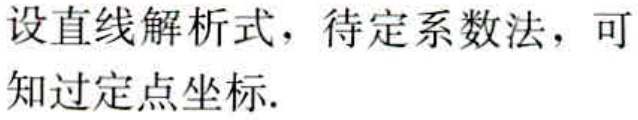
设直线解析式，待定系数法，可知过定点坐标.